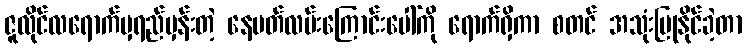
ဇူလိုင်လရောက်မှရည်မှန်းတဲ့ နေပတ်လမ်းကြောင်းပေါ်ကို ရောက်ရှိကာ စတင် အသုံးပြုနိုင်ခဲ့တာ